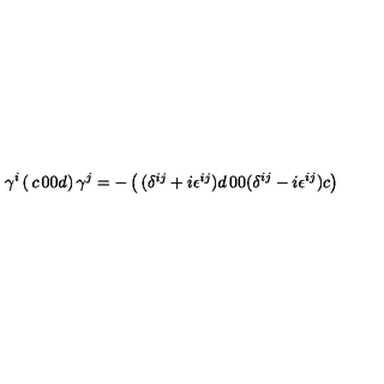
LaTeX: \gamma ^ { i } \left( \begin{matrix} { c } & { 0 } \\ { 0 } & { d } \\ \end{matrix} \right) \gamma ^ { j } = - \left( \begin{matrix} { ( \delta ^ { i j } + i \epsilon ^ { i j } ) d } & { 0 } \\ { 0 } & { ( \delta ^ { i j } - i \epsilon ^ { i j } ) c } \\ \end{matrix} \right)